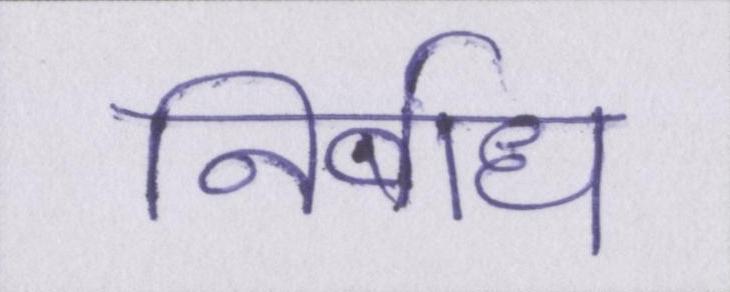
निर्बाध